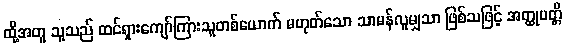
ထို့အတူ သူသည် ထင်ရှားကျော်ကြားသူတစ်ယောက် မဟုတ်သော သာမန်လူမျှသာ ဖြစ်သဖြင့် အတ္ထုပတ္တိ